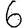
Digit: 6